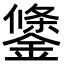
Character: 鎥